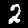
Label: 2